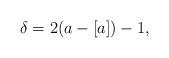
LaTeX: \begin{align*} \delta = 2 (a - [a]) - 1, \end{align*}